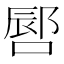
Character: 𪡪